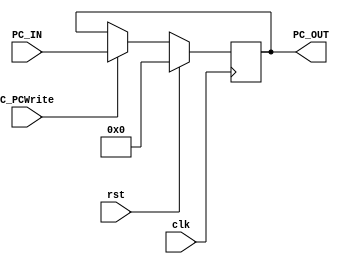
module programCounter(PC_OUT, PC_IN, C_PCWrite, clk, rst);
output reg [15:0] PC_OUT;
input wire [15:0] PC_IN;
input wire C_PCWrite;
input wire clk, rst;

always@(posedge clk)
begin
if(rst == 1'b1)
begin
	PC_OUT <= 16'd0;
end
else begin
	if (C_PCWrite == 1'b1) begin
 		PC_OUT <= PC_IN;
 	end
 	else begin
 		PC_OUT <= PC_OUT;
 	end
end
 	
	
end
endmodule